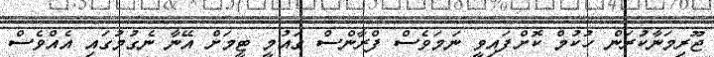
ޖޫރިމަނާކުރަން ހުކުމް ކޮށްފައިވީ ނަމަވެސް ފްރާންސް ގައުމީ ޓީމަށް އޭނާ ނެގުމުގައި އެއްވެސް